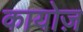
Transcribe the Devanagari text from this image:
कायोज़